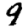
Digit: 9